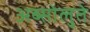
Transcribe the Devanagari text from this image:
अब्सोलुते